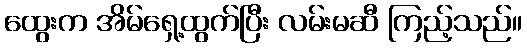
ထွေးက အိမ်ရှေ့ထွက်ပြီး လမ်းမဆီ ကြည့်သည်။